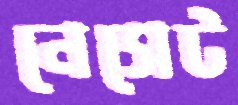
নেসেট